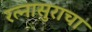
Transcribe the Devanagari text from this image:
रत्नासुराचा